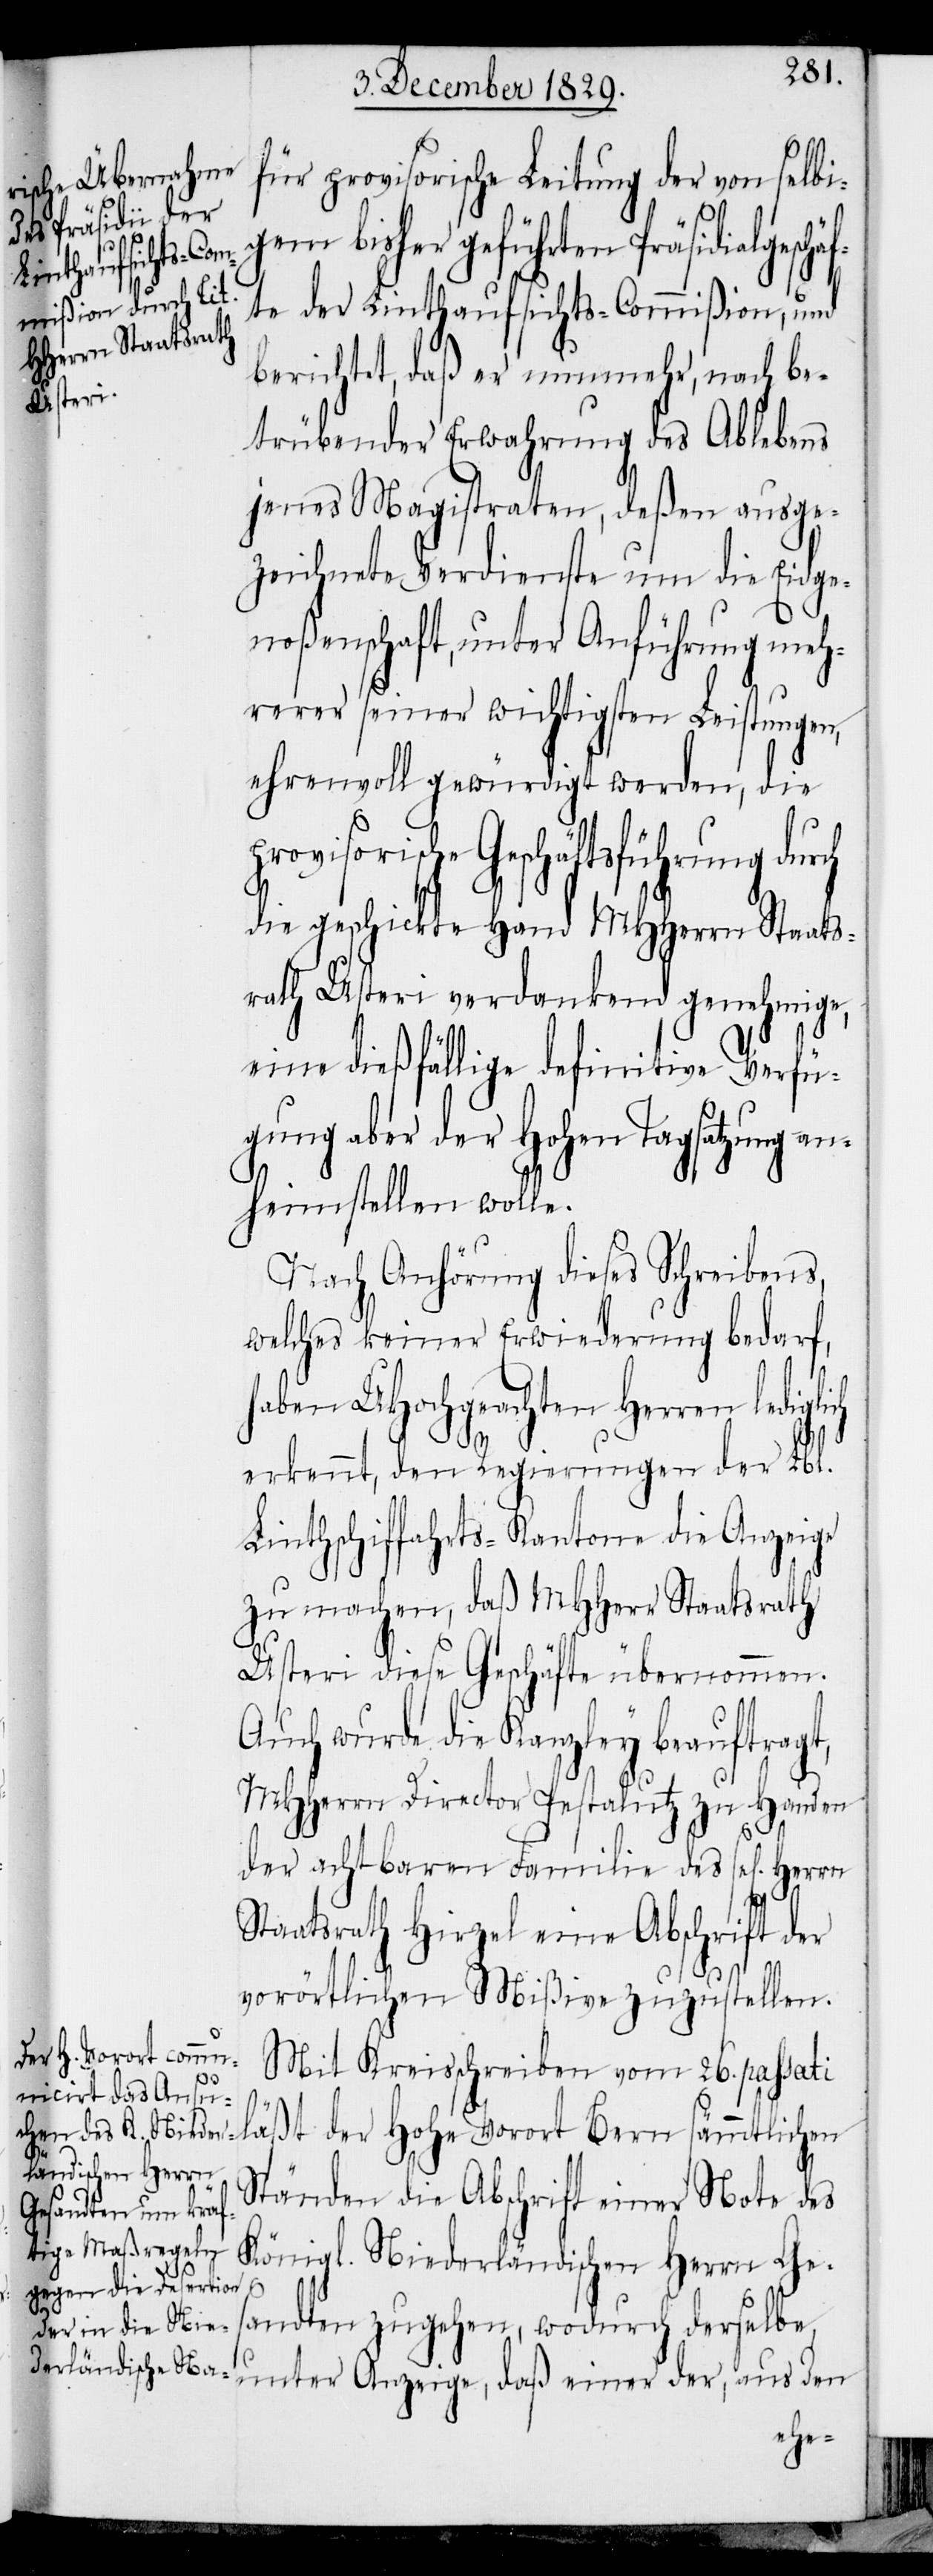
für provisorische Leitung der von selbi¬
Anzeige, daß einer der, aus den
geschäft¬
e der Linthaufsichts-Commißion, und
berichtet, daß er nunmehr, nach be¬
unter
trübender Erwahrung des Ablebens
jenes Magistraten, deßen ausge¬
zeichnete Verdienste um die Eidge¬
noßenschaft, unter Anführung meh¬
rerer seiner wichtigsten Leistungen,
ehrenvoll gewürdigt werden, die
visorische Geschäftsführung
die geschickte Hand MHHerrn Staats¬
rath Usteri verdankend genehmige,
eine dießfällige definitive Verfü¬
gung aber der Hohen Tagsatzung an¬
heimstellen wolle.
Nach Anhörung dieses Schreibens,
welches keiner Erwiederung bedarf,
haben UHochgeachten Herren ledigl¬
erkennt, den Regierungen der Lbl.
Linthschiffahrts-Kantone die Anzeige
zu machen, daß MHHerr Staatsrath
Usteri diese Geschäfte übernommen.
Auch wurde die Kanzley beauftragt,
MHHerrn Director Pestalutz zu Handen
der achtbaren Familie des sel[igen]
Staatsrath Hirzel eine Abschrift der
vorörtlichen Mißive zuzustellen.
Mit Kreisschreiben vom 26. passati
äßt der Hohe Vorort Bern sämmtlichen
Ständen die Abschrift einer Note des
Königl. Niederländischen Herrn Ge¬
l¬
sandten zugehen, wodurch derselbe,
ich